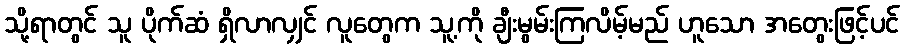
သို့ရာတွင် သူ ပိုက်ဆံ ရှိလာလျှင် လူတွေက သူ့ကို ချီးမွမ်းကြလိမ့်မည် ဟူသော အတွေးဖြင့်ပင်